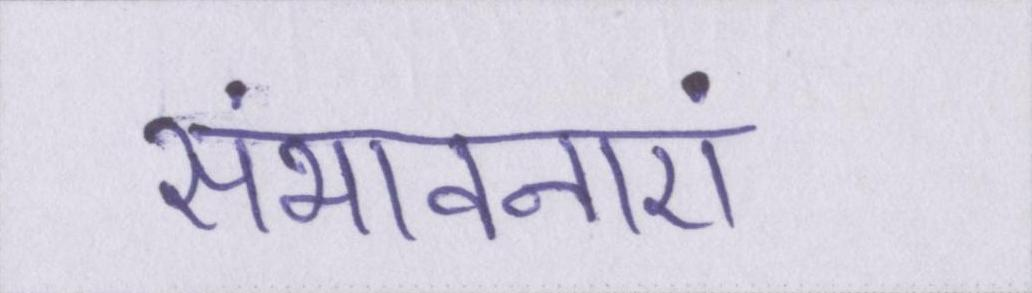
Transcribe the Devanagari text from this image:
संभावनाएं